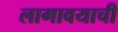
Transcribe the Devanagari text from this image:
लागावयाची